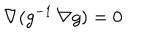
LaTeX: \nabla ( g ^ { - 1 } \, \nabla g ) = 0